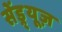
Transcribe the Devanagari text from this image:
सेंड्र्यूज़